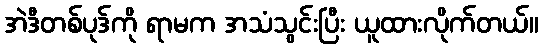
အဲဒီတစ်ပုဒ်ကို ရာမက အသံသွင်းပြီး ယူထားလိုက်တယ်။